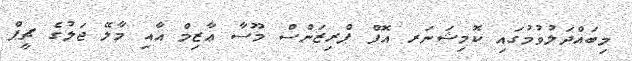
މިބައްދަލުވުމުގައި ކޮމިޝަނަރ އޮފް ޕްރިޒަންސް މޫސާ ޢާޒިމް އާއި މާލޭ ޖަލުގެ ޗީފް